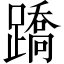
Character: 蹻